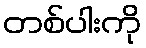
တစ်ပါးကို